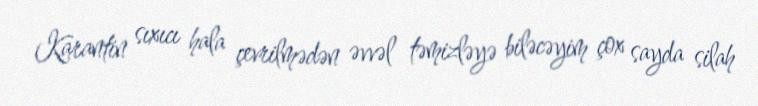
Karantin sıxıcı hala çevrilmədən əvvəl təmizləyə biləcəyim çox sayda silah